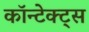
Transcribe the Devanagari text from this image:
कॉन्टेक्ट्स